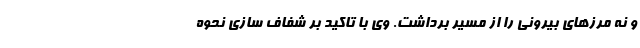
و نه مرزهای بیرونی را از مسیر برداشت. وی با تاکید بر شفاف سازی نحوه